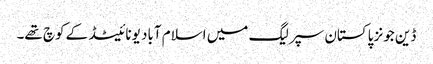
ڈین جونز پاکستان سپر لیگ میں اسلام آباد یونائیٹڈ کے کوچ تھے۔